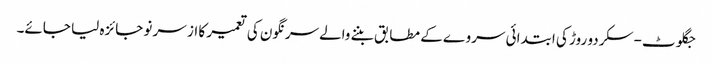
جگلوٹ-سکردو روڑ کی ابتدائی سر وے کے مطابق بننے والےسرنگون کی تعمیر کا از سر نو جائزہ لیا جائے۔